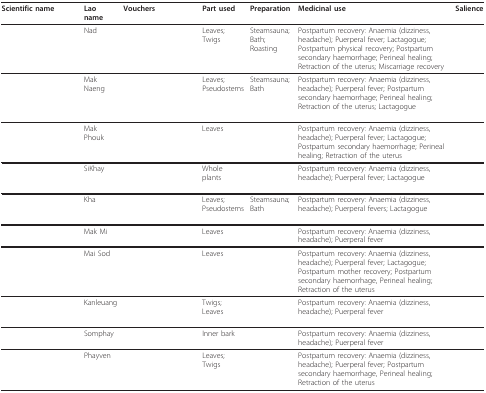
<table><thead><tr><td><b>Scientific name</b></td><td><b>Lao name</b></td><td><b>Vouchers</b></td><td><b>Part used</b></td><td><b>Preparation</b></td><td><b>Medicinal use</b></td><td><b>Salience</b></td></tr></thead><tbody><tr><td>[EMPTY_CELL]</td><td>Nad</td><td>[EMPTY_CELL]</td><td>Leaves; Twigs</td><td>Steamsauna; Bath; Roasting</td><td>Postpartum recovery: Anaemia (dizziness, headache); Puerperal fever; Lactagogue; Postpartum physical recovery; Postpartum secondary haemorrhage; Perineal healing; Retraction of the uterus; Miscarriage recovery</td><td>[EMPTY_CELL]</td></tr><tr><td>[EMPTY_CELL]</td><td>Mak Naeng</td><td>[EMPTY_CELL]</td><td>Leaves; Pseudostems</td><td>Steamsauna; Bath</td><td>Postpartum recovery: Anaemia (dizziness, headache); Puerperal fever; Postpartum secondary haemorrhage; Perineal healing; Retraction of the uterus; Lactagogue</td><td>[EMPTY_CELL]</td></tr><tr><td>[EMPTY_CELL]</td><td>Mak Phouk</td><td>[EMPTY_CELL]</td><td>Leaves</td><td>[EMPTY_CELL]</td><td>Postpartum recovery: Anaemia (dizziness, headache); Puerperal fever; Lactagogue; Postpartum secondary haemorrhage; Perineal healing; Retraction of the uterus</td><td>[EMPTY_CELL]</td></tr><tr><td>[EMPTY_CELL]</td><td>SiKhay</td><td>[EMPTY_CELL]</td><td>Whole plants</td><td>[EMPTY_CELL]</td><td>Postpartum recovery: Anaemia (dizziness, headache); Puerperal fever; Lactagogue</td><td>[EMPTY_CELL]</td></tr><tr><td>[EMPTY_CELL]</td><td>Kha</td><td>[EMPTY_CELL]</td><td>Leaves; Pseudostems</td><td>Steamsauna; Bath</td><td>Postpartum recovery: Anaemia (dizziness, headache); Puerperal fevers; Lactagogue</td><td>[EMPTY_CELL]</td></tr><tr><td>[EMPTY_CELL]</td><td>Mak Mi</td><td>[EMPTY_CELL]</td><td>Leaves</td><td>[EMPTY_CELL]</td><td>Postpartum recovery: Anaemia (dizziness, headache); Puerperal fever</td><td>[EMPTY_CELL]</td></tr><tr><td>[EMPTY_CELL]</td><td>Mai Sod</td><td>[EMPTY_CELL]</td><td>Leaves</td><td>[EMPTY_CELL]</td><td>Postpartum recovery: Anaemia (dizziness, headache); Puerperal fever; Lactagogue; Postpartum mother recovery; Postpartum secondary haemorrhage, Perineal healing; Retraction of the uterus</td><td>[EMPTY_CELL]</td></tr><tr><td>[EMPTY_CELL]</td><td>Kanleuang</td><td>[EMPTY_CELL]</td><td>Twigs; Leaves</td><td>[EMPTY_CELL]</td><td>Postpartum recovery: Anaemia (dizziness, headache); Puerperal fever</td><td>[EMPTY_CELL]</td></tr><tr><td>[EMPTY_CELL]</td><td>Somphay</td><td>[EMPTY_CELL]</td><td>Inner bark</td><td>[EMPTY_CELL]</td><td>Postpartum recovery: Anaemia (dizziness, headache); Puerperal fever</td><td>[EMPTY_CELL]</td></tr><tr><td>[EMPTY_CELL]</td><td>Phayven</td><td>[EMPTY_CELL]</td><td>Leaves; Twigs</td><td>[EMPTY_CELL]</td><td>Postpartum recovery: Anaemia (dizziness, headache); Puerperal fever; Postpartum secondary haemorrhage, Perineal healing; Retraction of the uterus</td><td>[EMPTY_CELL]</td></tr></tbody></table>